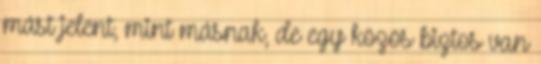
mást jelent, mint másnak, de egy közös biztos van